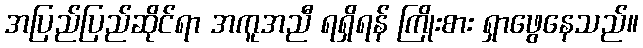
အပြည်ပြည်ဆိုင်ရာ အကူအညီ ရရှိရန် ကြိုးစား ရှာဖွေနေသည်။